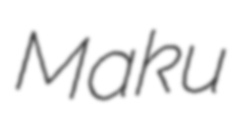
Maku